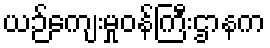
ယဉ်ကျေးမှုဝန်ကြီးဌာနက